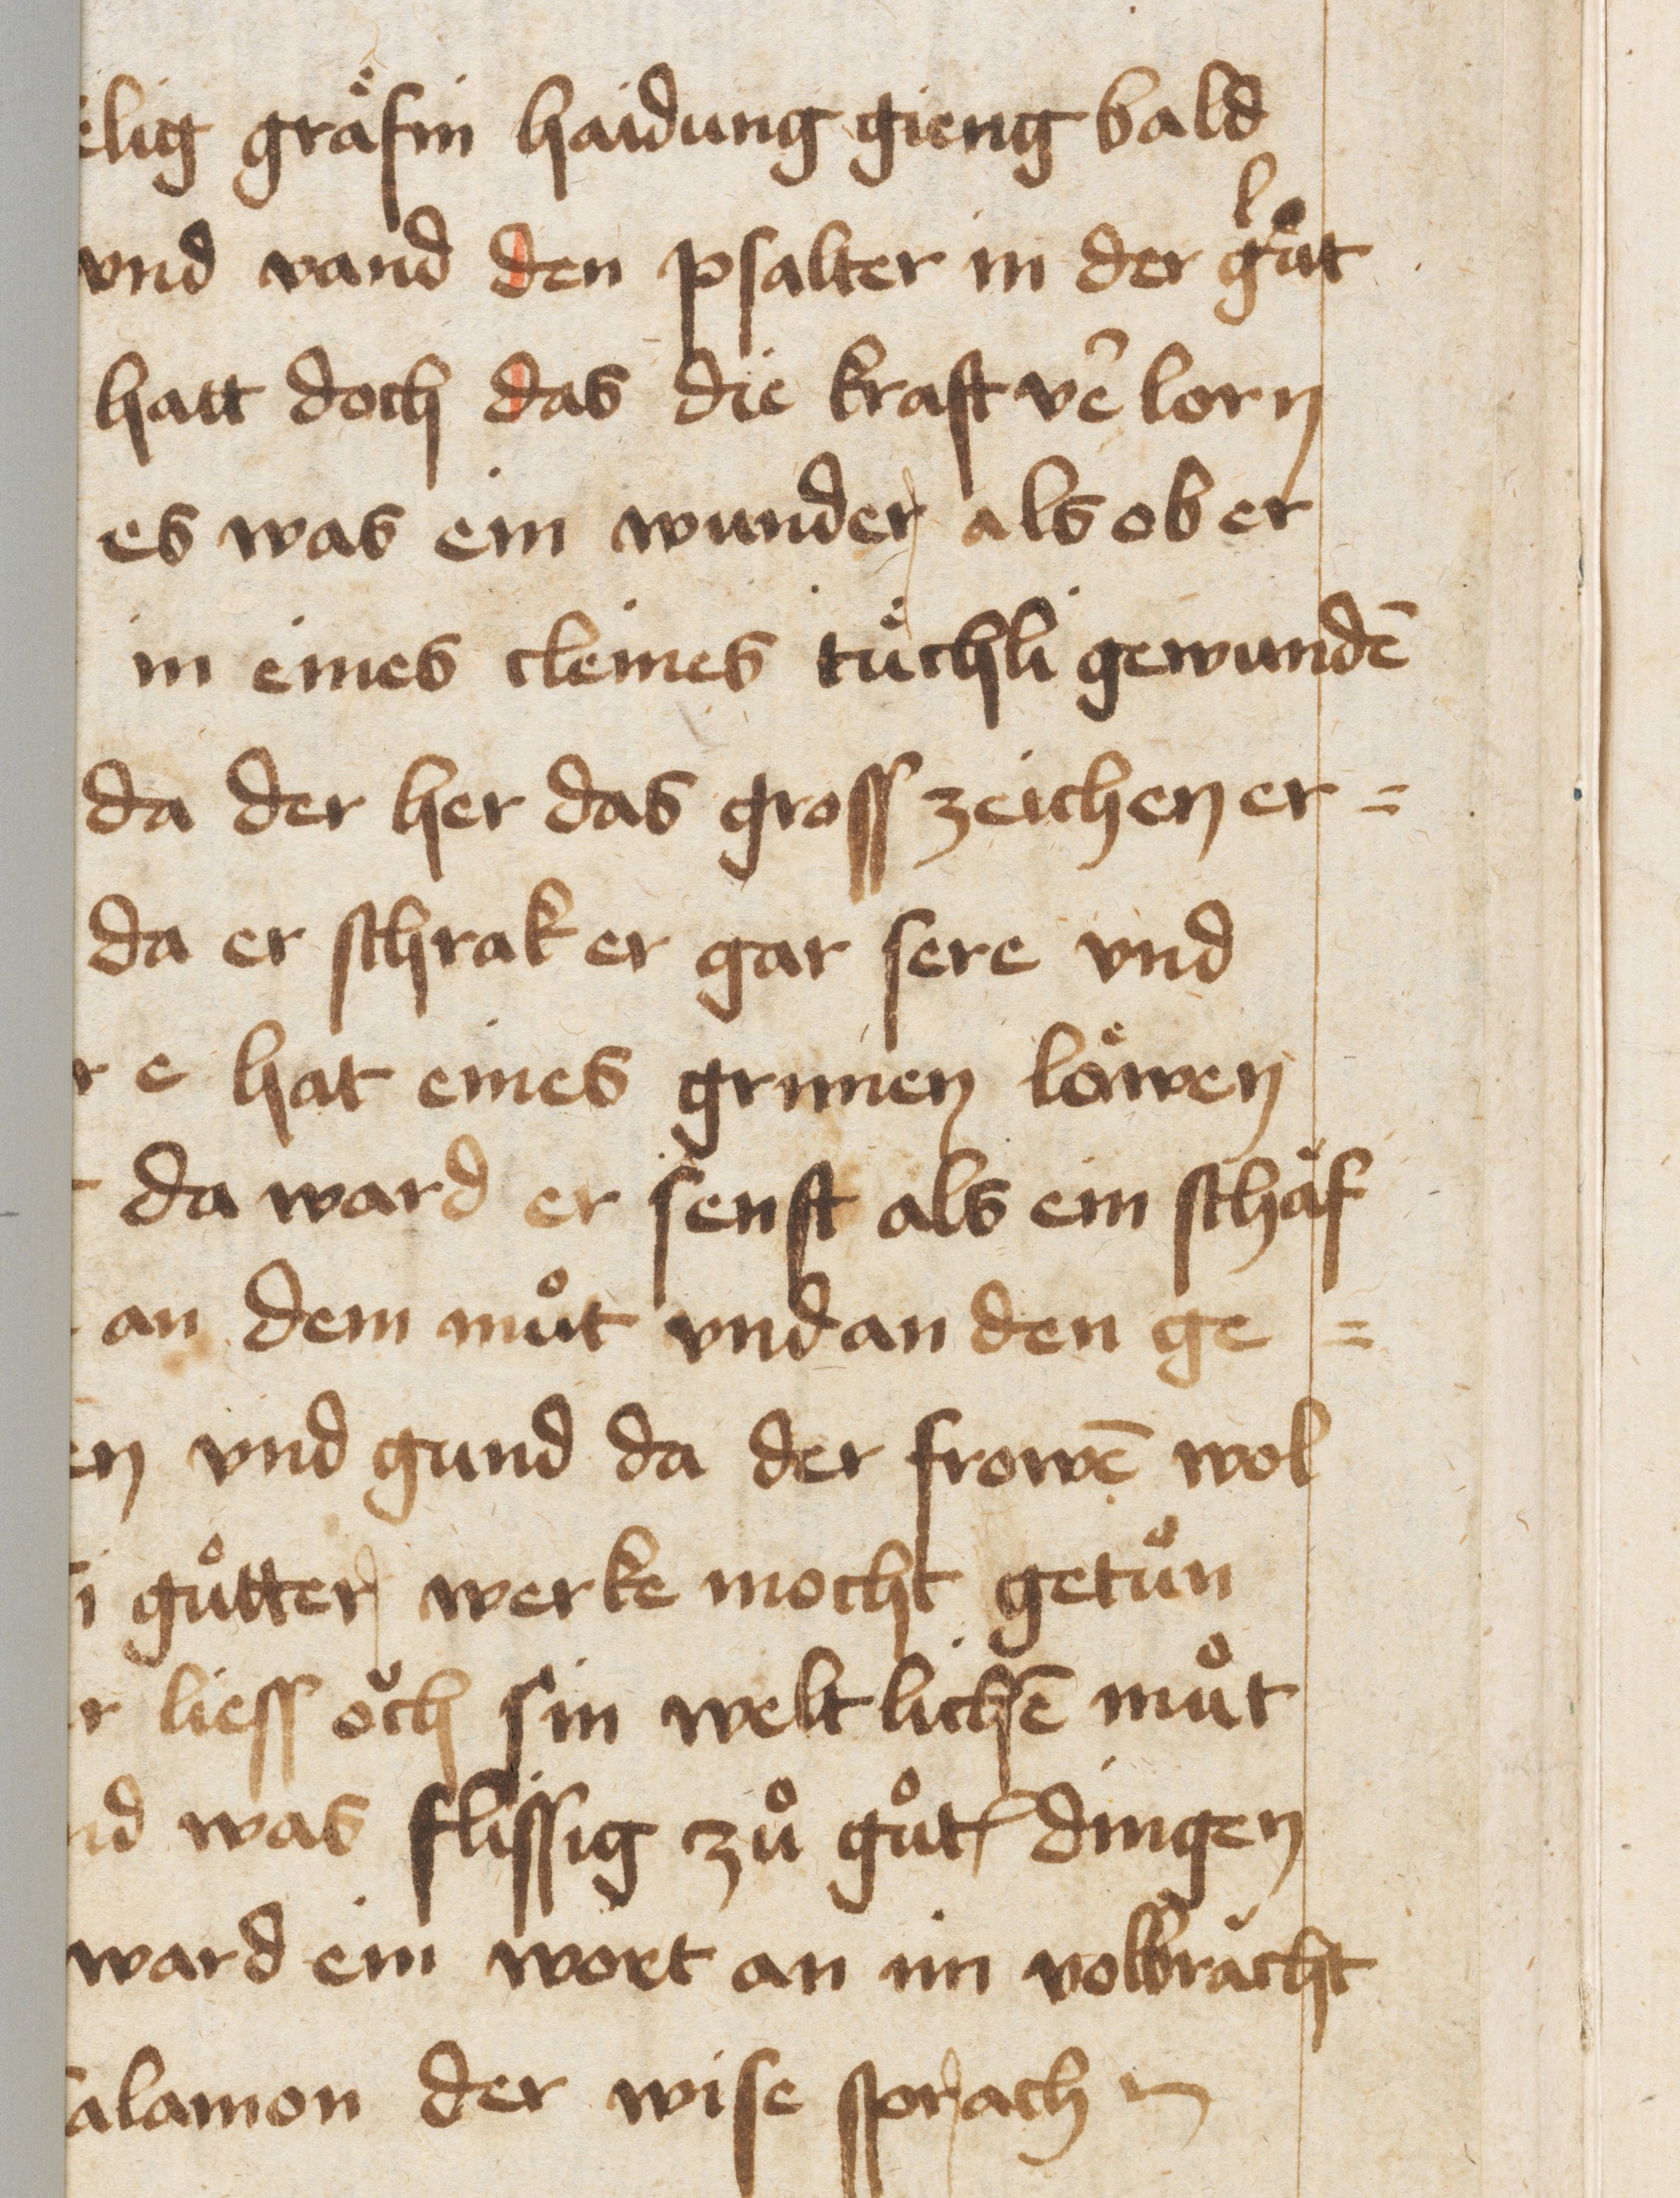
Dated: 1467–1467